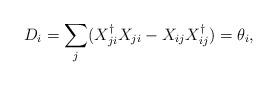
LaTeX: \begin{align*}D_i=\sum_j (X_{ji}^\dagger X_{ji}-X_{ij}X_{ij}^\dagger )=\theta_i,\end{align*}